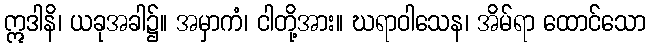
ဣဒါနိ၊ ယခုအခါ၌။ အမှာကံ၊ ငါတို့အား။ ဃရာဝါသေန၊ အိမ်ရာ ထောင်သော